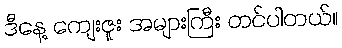
ဒီနေ့ ကျေးဇူး အများကြီး တင်ပါတယ်။